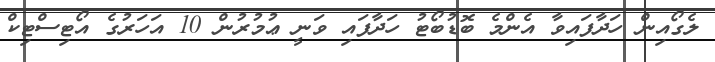
ލެގޯއިން ހަދާފައިވާ އެންމެ ބޮޑުބޯޓު ހަދާފައި ވަނީ ޢުމުރުން 10 އަހަރުގެ އޯޓިސްޓިކް